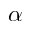
\alpha